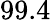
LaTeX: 99.4